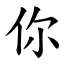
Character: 你